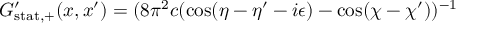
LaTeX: G _ { \mathrm { s t a t , + } } ^ { \prime } ( x , x ^ { \prime } ) = ( 8 \pi ^ { 2 } c ( \cos ( \eta - \eta ^ { \prime } - i \epsilon ) - \cos ( \chi - \chi ^ { \prime } ) ) ^ { - 1 }